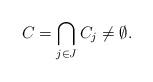
LaTeX: \begin{align*}C=\bigcap_{j\in J}C_{j}\neq\emptyset.\end{align*}